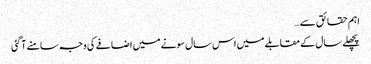
اہم حقائق سے…
پچھلے سال کے مقابلے میں اس سال سونے میں اضافے کی وجہ سامنے آگئی